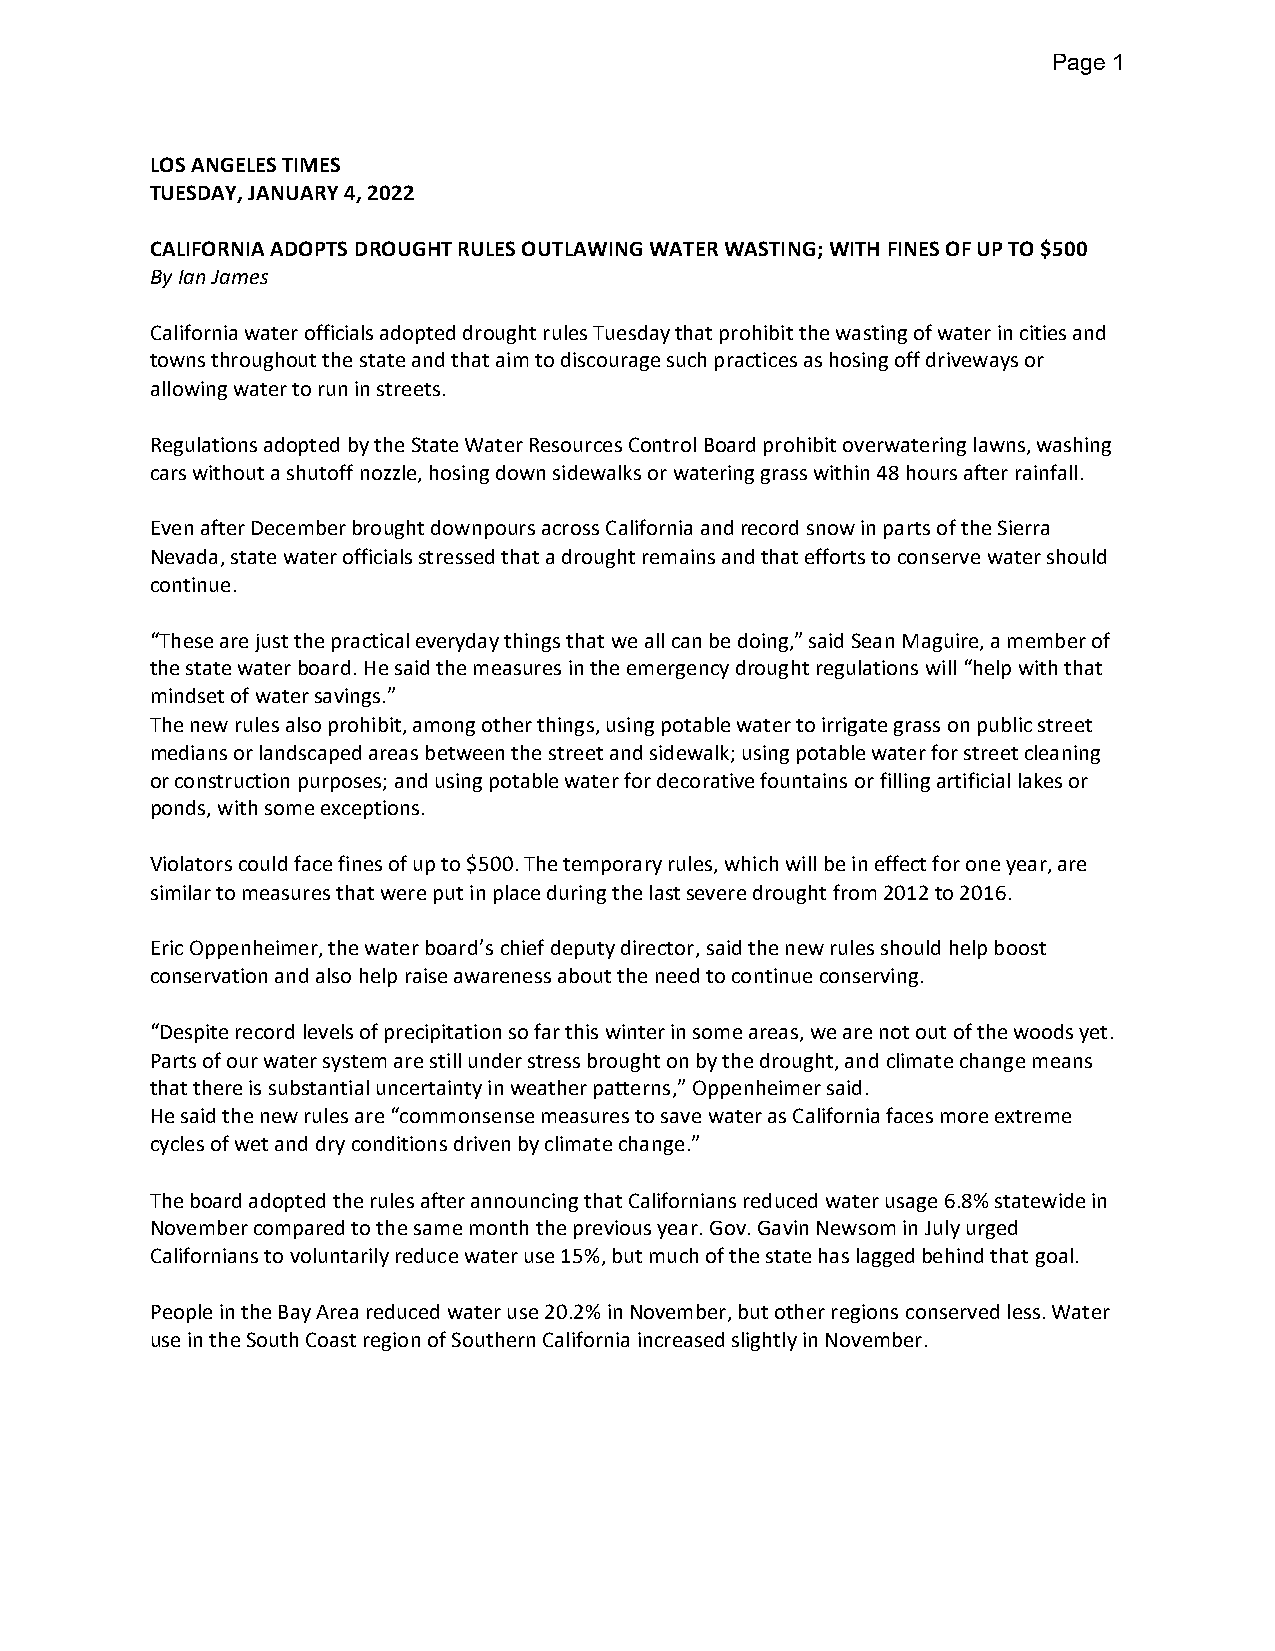
Page 1
 LOS ANGELES TIMES
 TUESDAY, JANUARY 4, 2022
 CALIFORNIA ADOPTS DROUGHT RULES OUTLAWING WATER WASTING; WITH FINES OF UP TO $500
 By Ian James
 California water officials adopted drought rules Tuesday that prohibit the wasting of water in cities and
 towns throughout the state and that aim to discourage such practices as hosing off driveways or
 allowing water to run in streets.
 Regulations adopted by the State Water Resources Control Board prohibit overwatering lawns, washing
 cars without a shutoff nozzle, hosing down sidewalks or watering grass within 48 hours after rainfall.
 Even after December brought downpours across California and record snow in parts of the Sierra
 Nevada, state water officials stressed that a drought remains and that efforts to conserve water should
 continue.
 “These are just the practical everyday things that we all can be doing,” said Sean Maguire, a member of
 the state water board. He said the measures in the emergency drought regulations will “help with that
 mindset of water savings.”
 The new rules also prohibit, among other things, using potable water to irrigate grass on public street
 medians or landscaped areas between the street and sidewalk; using potable water for street cleaning
 or construction purposes; and using potable water for decorative fountains or filling artificial lakes or
 ponds, with some exceptions.
 Violators could face fines of up to $500. The temporary rules, which will be in effect for one year, are
 similar to measures that were put in place during the last severe drought from 2012 to 2016.
 Eric Oppenheimer, the water board’s chief deputy director, said the new rules should help boost
 conservation and also help raise awareness about the need to continue conserving.
 “Despite record levels of precipitation so far this winter in some areas, we are not out of the woods yet.
 Parts of our water system are still under stress brought on by the drought, and climate change means
 that there is substantial uncertainty in weather patterns,” Oppenheimer said.
 He said the new rules are “commonsense measures to save water as California faces more extreme
 cycles of wet and dry conditions driven by climate change.”
 The board adopted the rules after announcing that Californians reduced water usage 6.8% statewide in
 November compared to the same month the previous year. Gov. Gavin Newsom in July urged
 Californians to voluntarily reduce water use 15%, but much of the state has lagged behind that goal.
 People in the Bay Area reduced water use 20.2% in November, but other regions conserved less. Water
 use in the South Coast region of Southern California increased slightly in November.